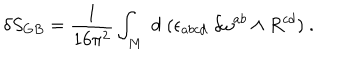
LaTeX: \delta S _ { G B } = { \frac { 1 } { 1 6 \pi ^ { 2 } } } \int _ { M } \; d \; ( \epsilon _ { a b c d } \; \delta \omega ^ { a b } \wedge R ^ { c d } ) \ .